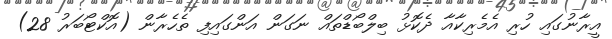
އީރާނުގައި ހުރި އެމެރިކާއާ ދެކޮޅު ބިލްބޯޑްތައް ނަގަން އަންގައިފި ތެހެރާން (އޮކްޓޯބަރު 28)